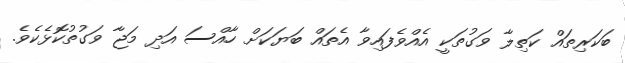
ބަކަރިތައް ކަތިލާ ވަގުތަކީ އެއްވެފައިވާ އެތައް ބަޔަކަށް ހާއްސަ އަދި މަޖާ ވަގުތުކޮޅެކެވެ.